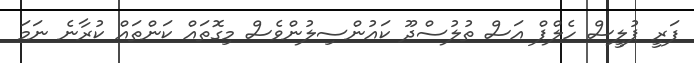
ފަރީ ޕުލީސް ހެލްޕް އަސް ތުލުސްދޫ ކައުންސިލުންވެސް މިގޮތައް ކަންތައް ކުރާނެ ނަމަ